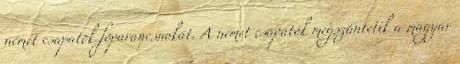
német csapatok fõparancsnokát. A német csapatok megszüntetik a magyar